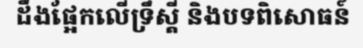
ដឹងផ្អែកលើទ្រឹស្តី និងបទពិសោធន៍